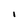
Character: I